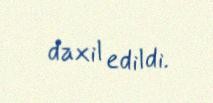
daxil edildi.